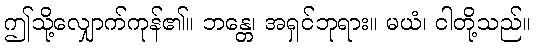
ဤသို့လျှောက်ကုန်၏။ ဘန္တေ၊ အရှင်ဘုရား။ မယံ၊ ငါတို့သည်။